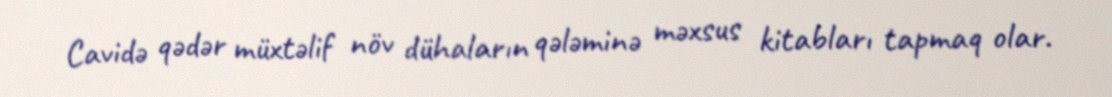
Cavidə qədər müxtəlif növ dühaların qələminə məxsus kitabları tapmaq olar.